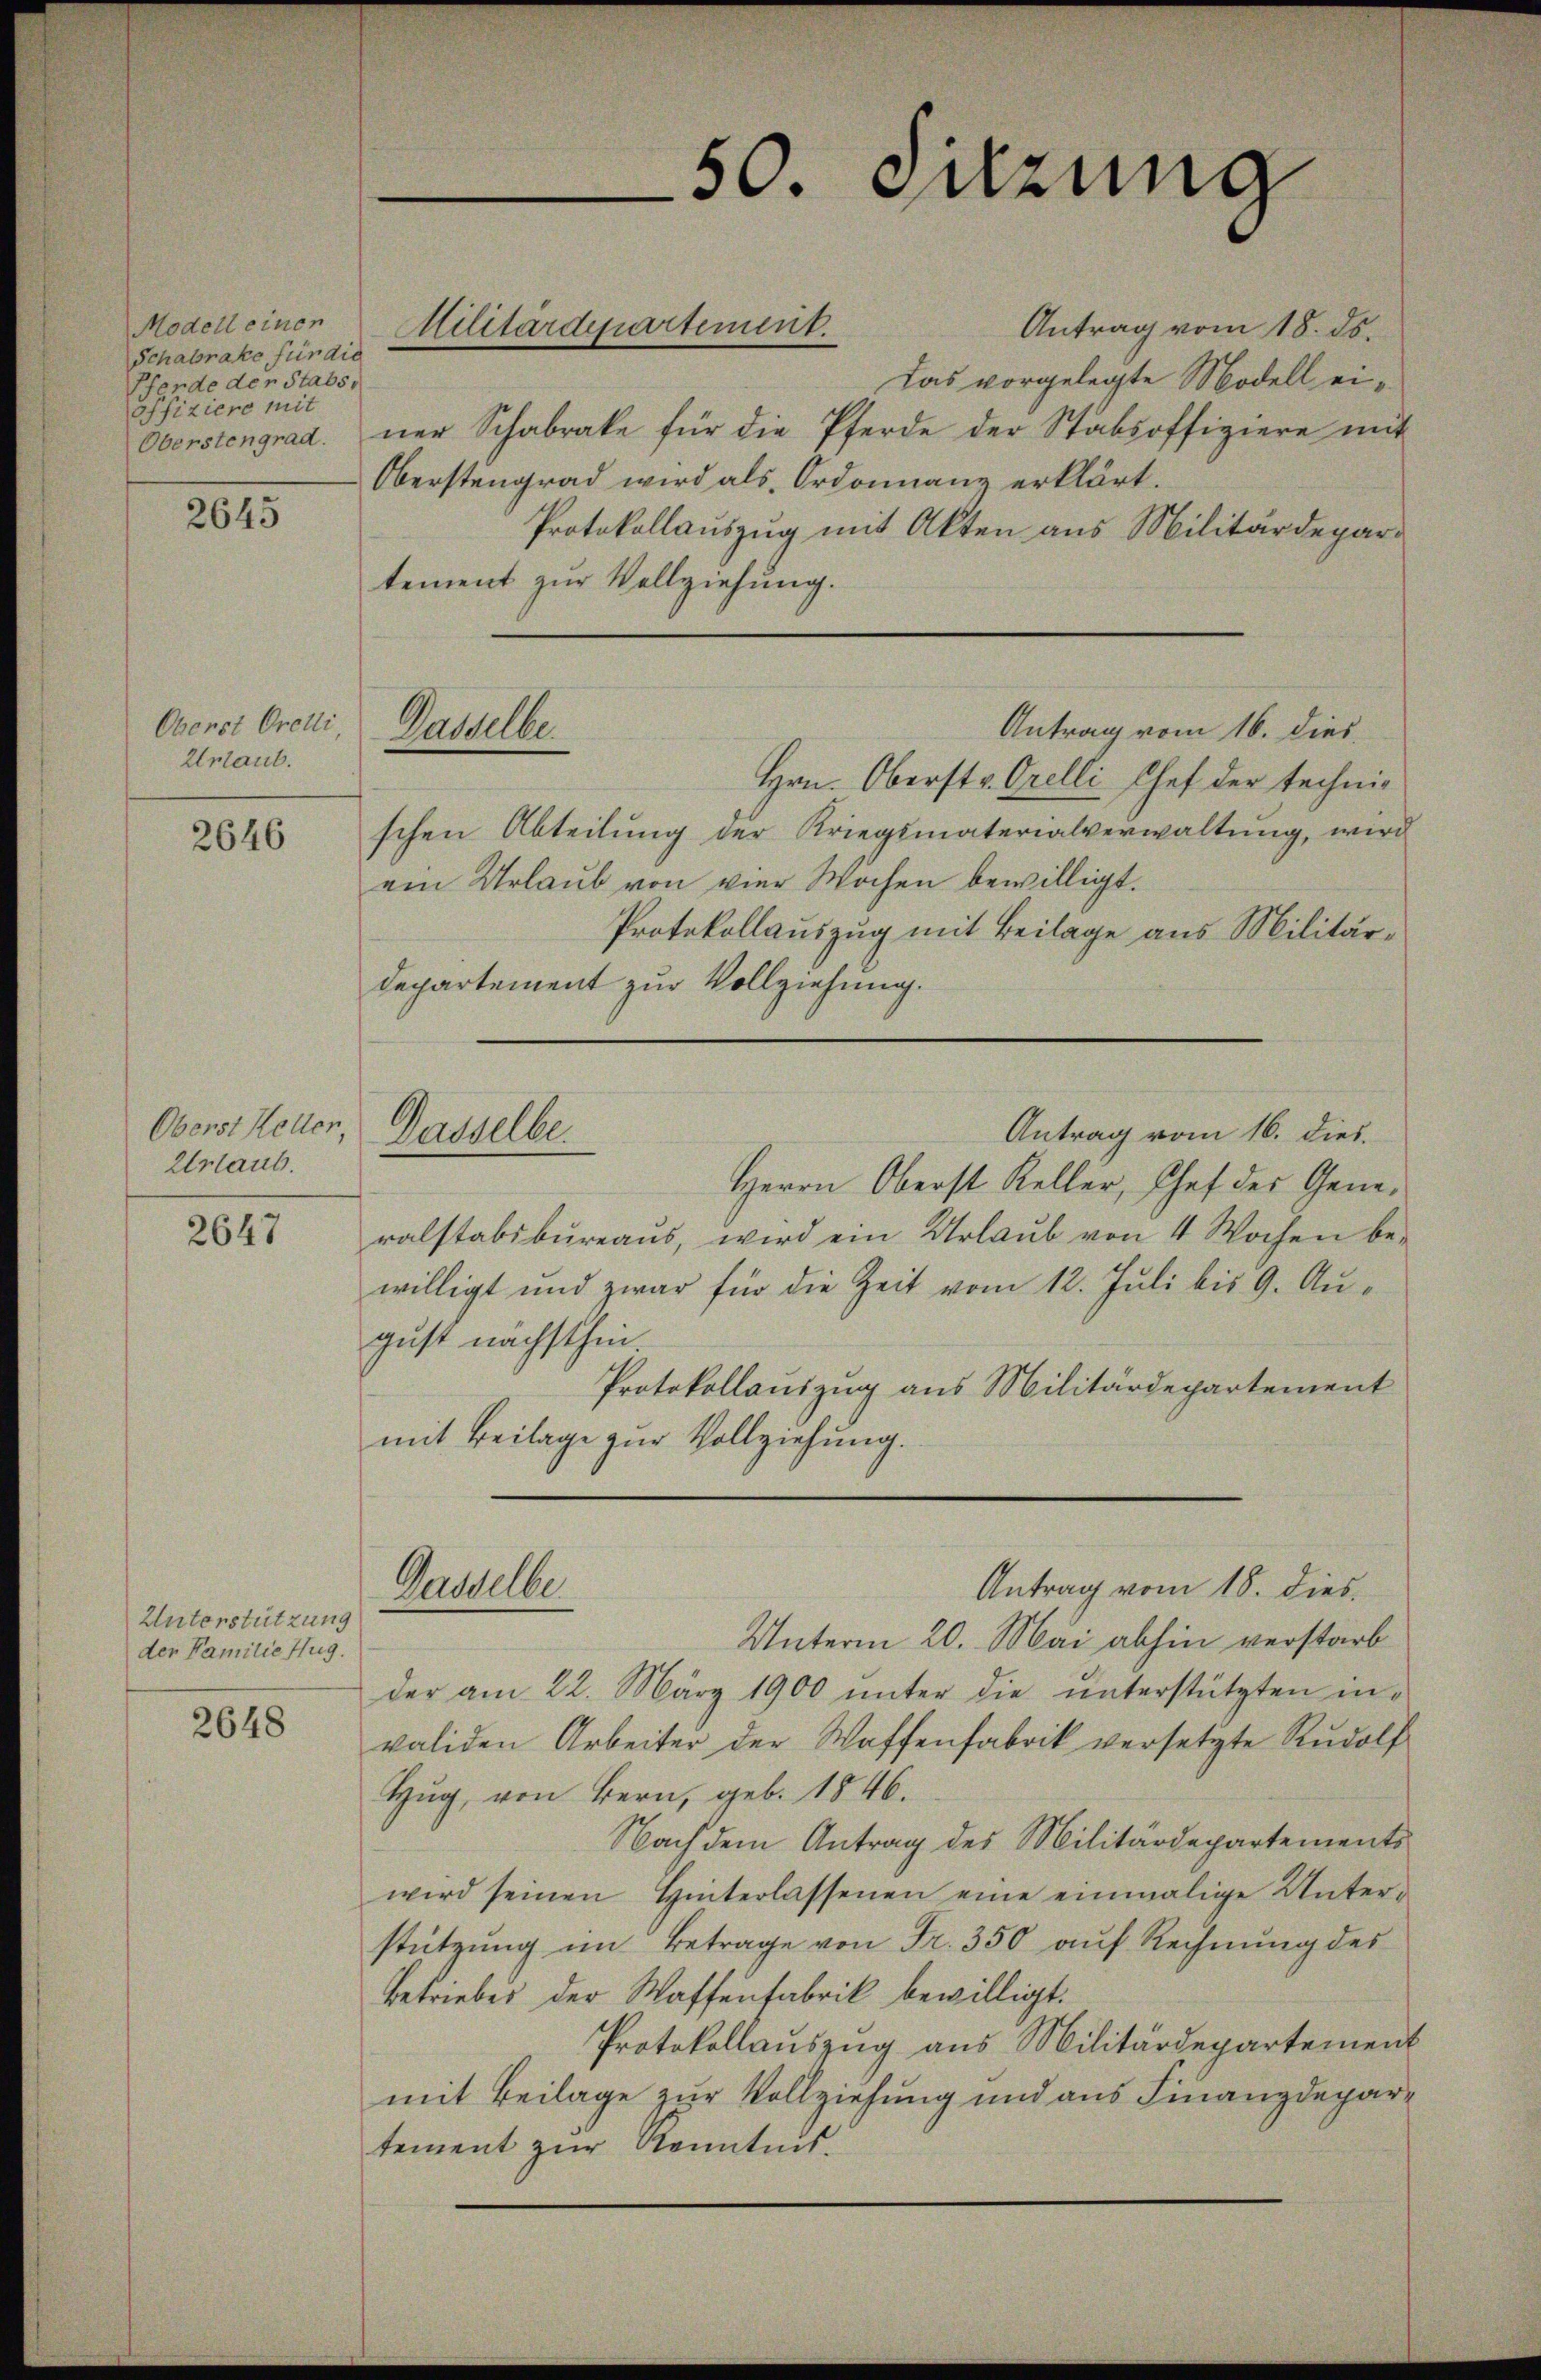
Modell einen
Schabrate für die
Pferde der Stabs,
Pfiziere mit

2645

Oberst Orelli,
Urlaub.

2646

Oberst Keller,
Urlaub.

2647

Unterstützung
der Familie Hug.

2648

Antrag vom 18. ds.
Das vorgelegte Modell ei¬
Oberstengrad. Der Schabrate für die Pferde der Stabsoffiziere mit
Oberstengrad wird als Ordonnanz erklärt.
Protokollauszug mit Akten aus Militärdepar-
tement zur Vollziehung.
Hrn. Oberst v. Orelli Chef der technischen Abteilung der Kriegsmaterialverwaltung, wird
ein Urlaub von vier Wochen bewilligt.
Protokollauszug mit Beilage aus Militär¬
Departement zur Vollziehung.
Antrag vom 16. dies
Herrn Oberst Keller, Chef des Generalstabsbureaus, wird ein Urlaŭb von 4 Wochen be-
willigt und zwar für die Zeit vom 12. Juli bis 9. Aŭ-
gust nächsthin
Protokollauszug aus Militärdepartement
mit Beilage zur Vollziehung.
Antrag vom 18. dies
Gasselbe
Unterm 20. Mai abhin verstarb
der am 22. März 1900 ŭnter die ŭnterstützten invaliden Arbeiter der Waffenfabrik versetzte Rŭdolf
Zug, von Bern, geb. 1846.
Nach dem Antrag des Militärdepartements
wird seinen Hinterlassenen eine einmalige Unterstützung im Betrage von Fr. 350 auf Rechnung des
Betriebes der Waffenfabrik bewilligt.
Protokollauszug aus Militärdepartement
mit Beilage zur Vollziehung und aus Finanzdepartement zŭr Kenntnis.

Militärdepartement.

Dasselbe

Dasselbe.

50. Sitzung

Antrag vom 16. dies